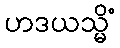
ဟဒယသ္မိံ